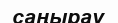
саңырау